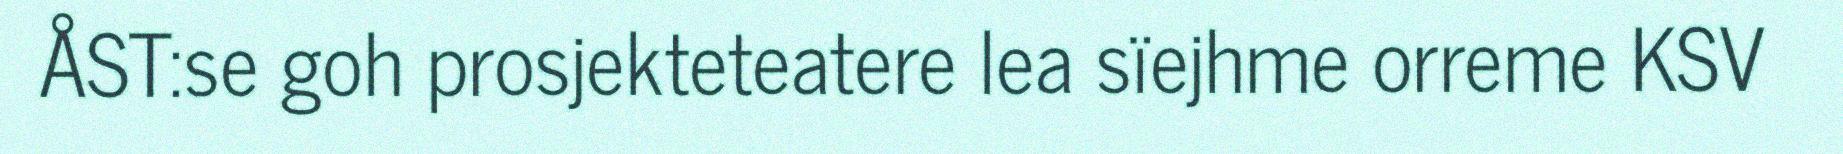
ÅST:se goh prosjekteteatere lea sïejhme orreme KSV